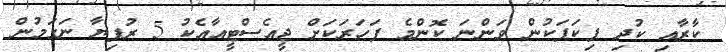
ކާރާއި ކުދި ޕިކަޕަކުން ވަންނަ ކޮންމެ ފަހަރަކަށް ޖީއެސްޓީއާއެކު 5 ރުފިޔާ ނަގަމުން